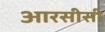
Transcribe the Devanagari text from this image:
आरसीसी